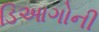
ડિઆગોની